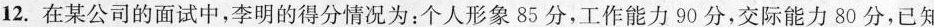
12.在某公司的面试中，李明的得分情况为：个人形象85分，工作能力90分，交际能力80分，已知